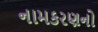
નામકરણનો